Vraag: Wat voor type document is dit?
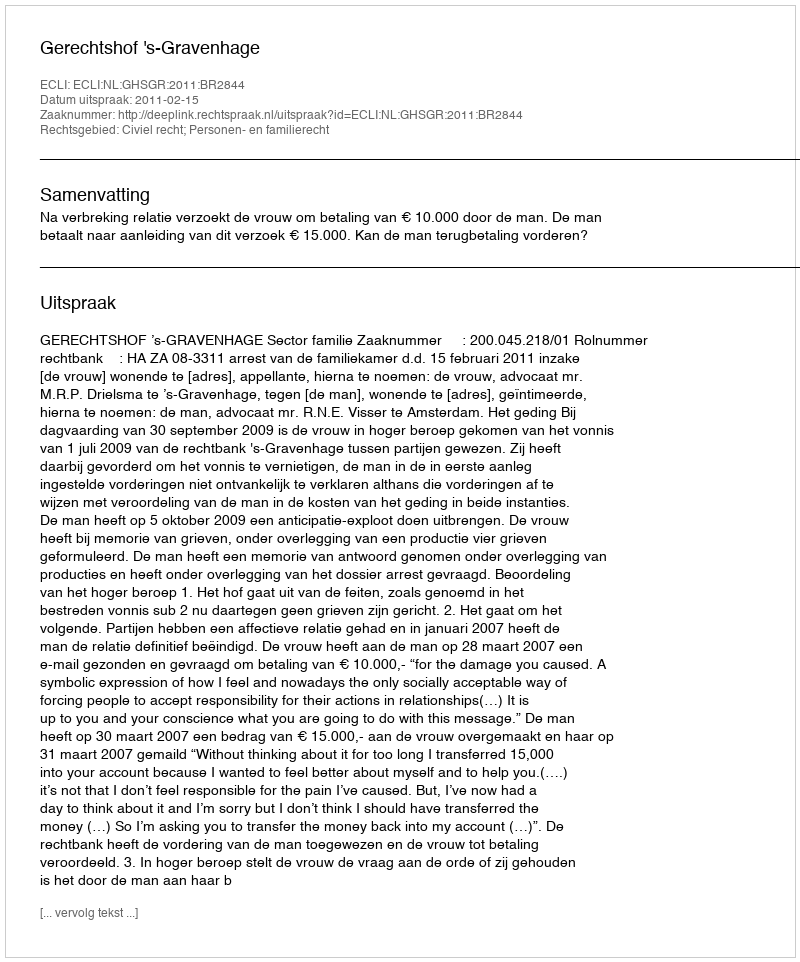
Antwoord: Uitspraak